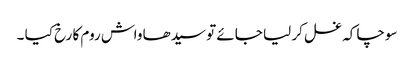
سوچا کہ غسل کر لیا جائے تو سیدھا واش روم کا رخ کیا ۔